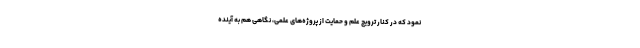
نمود که در کنار ترویج علم و حمایت از پروژه‌های علمی، نگاهی هم به آینده